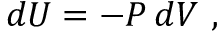
d U = - P \, d V \ ,